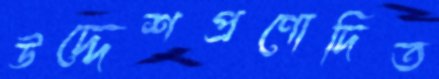
উদ্দেশপ্রণোদিত